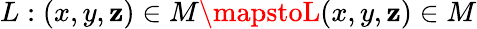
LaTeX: L:(x,y,\mathbf{z})\in{M}\mapstoL(x,y,\mathbf{z})\in{M}